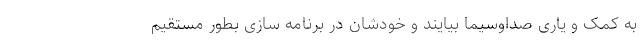
به کمک و یاری صداوسیما بیایند و خودشان در برنامه ‌سازی بطور مستقیم